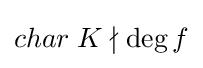
char\;K\nmid \deg f